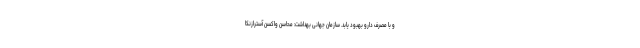
و با مصرف دارو بهبود یابد. سازمان جهانی بهداشت: محاسن واکسن آسترازنکا